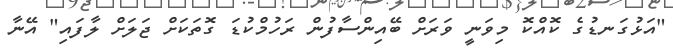
"އަޅުގަނޑުގެ ކޮއްކޮ މިވަނީ ވަރަށް ބޭއިންސާފުން ރަހުމްކުޑަ ގޮތަކަށް ޖަލަށް ލާފައި" އޭނާ